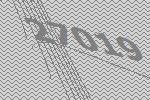
27019